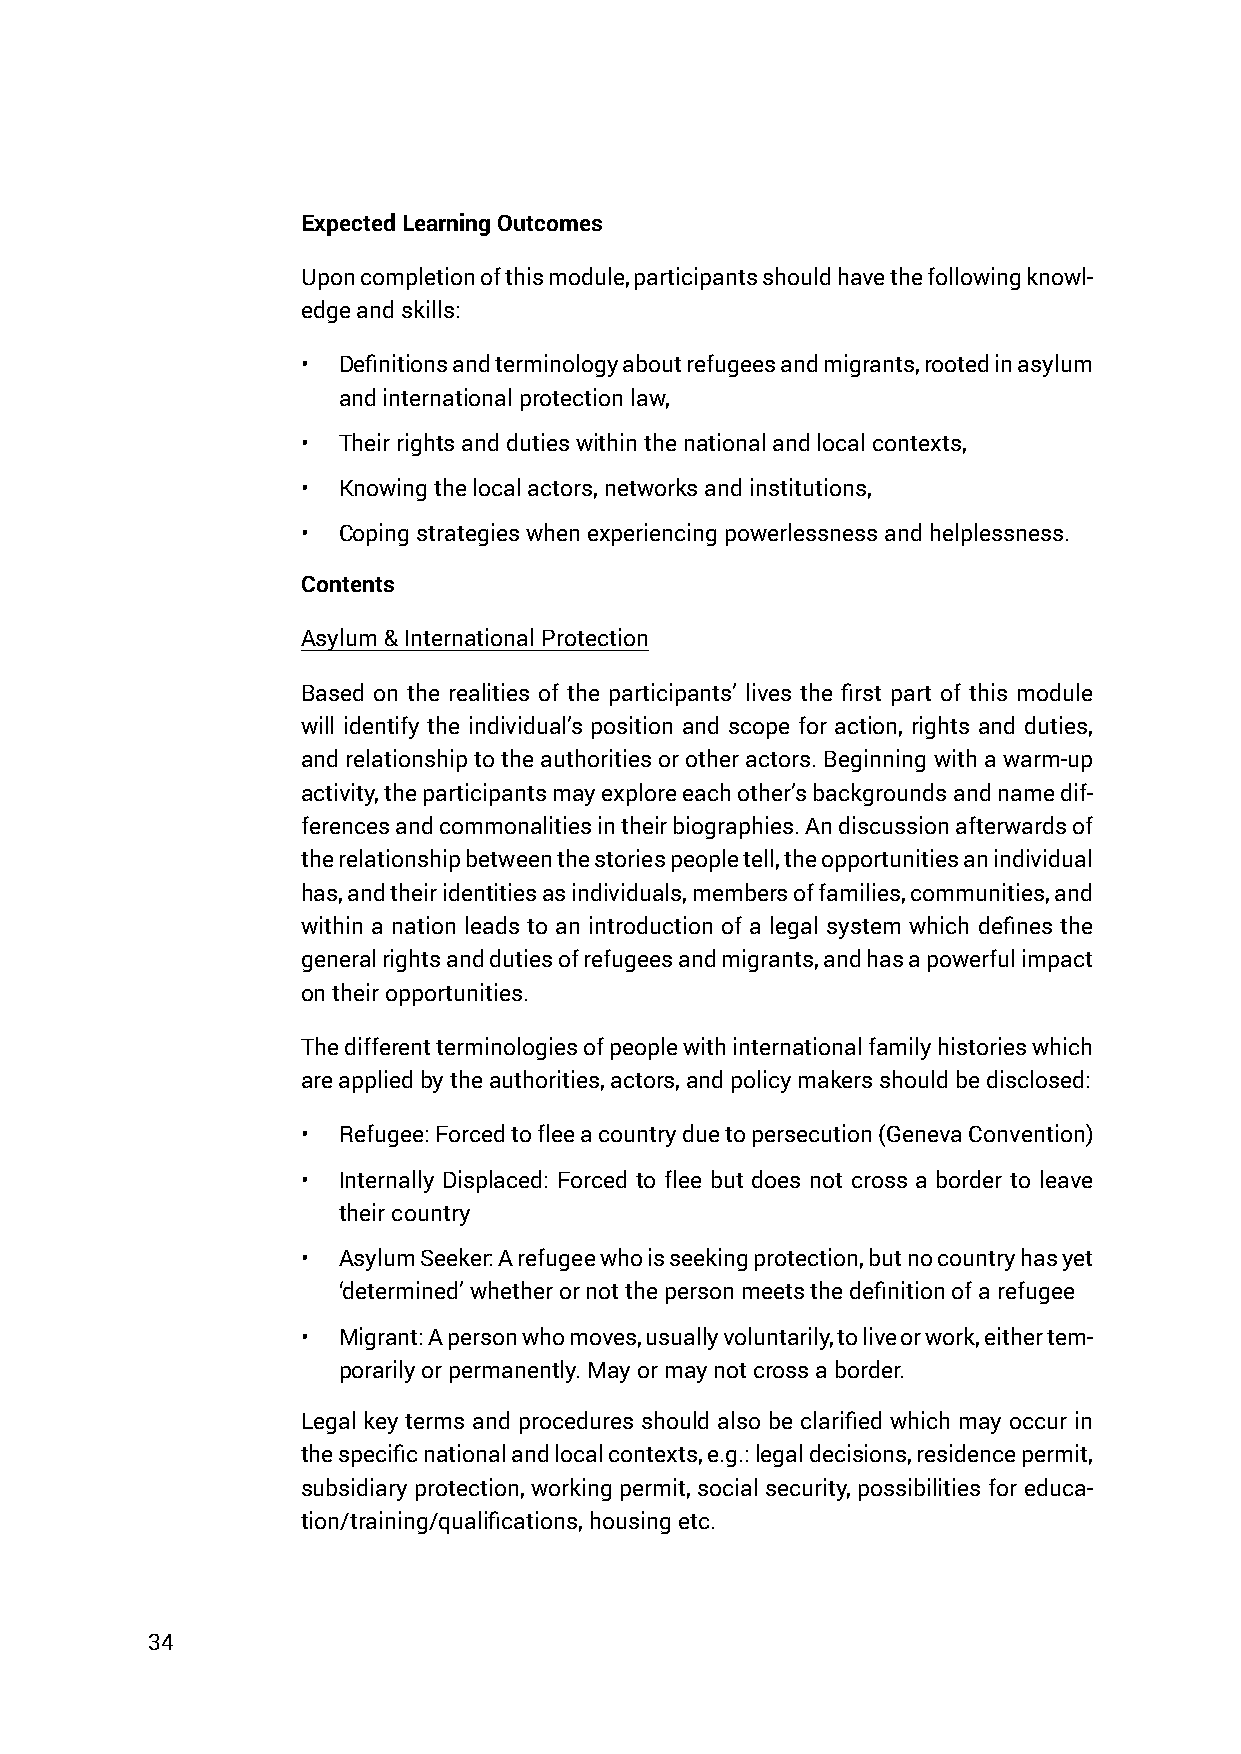
Expected Learning Outcomes
 Upon completion of this module, participants should have the following knowl-
 edge and skills:
 • Definitions and terminology about refugees and migrants, rooted in asylum
 and international protection law,
 • Their rights and duties within the national and local contexts,
 • Knowing the local actors, networks and institutions,
 • Coping strategies when experiencing powerlessness and helplessness.
 Contents
 Asylum & International Protection
 Based on the realities of the participants’ lives the first part of this module
 will identify the individual’s position and scope for action, rights and duties,
 and relationship to the authorities or other actors. Beginning with a warm-up
 activity, the participants may explore each other’s backgrounds and name dif-
 ferences and commonalities in their biographies. An discussion afterwards of
 the relationship between the stories people tell, the opportunities an individual
 has, and their identities as individuals, members of families, communities, and
 within a nation leads to an introduction of a legal system which defines the
 general rights and duties of refugees and migrants, and has a powerful impact
 on their opportunities.
 The different terminologies of people with international family histories which
 are applied by the authorities, actors, and policy makers should be disclosed:
 • Refugee: Forced to flee a country due to persecution (Geneva Convention)
 • Internally Displaced: Forced to flee but does not cross a border to leave
 their country
 • Asylum Seeker: A refugee who is seeking protection, but no country has yet
 ‘determined’ whether or not the person meets the definition of a refugee
 • Migrant: A person who moves, usually voluntarily, to live or work, either tem-
 porarily or permanently. May or may not cross a border.
 Legal key terms and procedures should also be clarified which may occur in
 the specific national and local contexts, e.g.: legal decisions, residence permit,
 subsidiary protection, working permit, social security, possibilities for educa-
 tion/training/qualifications, housing etc.
 34